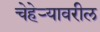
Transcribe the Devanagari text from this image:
चेहेर्‍यावरील